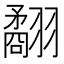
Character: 𦒑